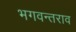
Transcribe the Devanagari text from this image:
भगवन्तराव